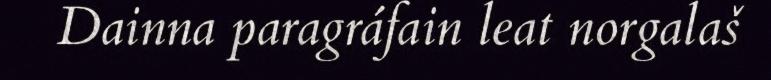
Dainna paragráfain leat norgalaš